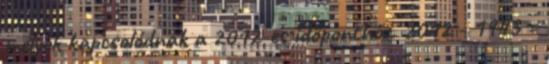
melyek kapcsolódnak a 2012-es időponthoz. 2012 - 1943 =